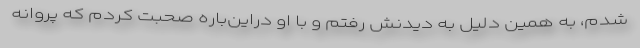
شدم، به همین دلیل به دیدنش رفتم و با او دراین‌باره صحبت کردم که پروانه